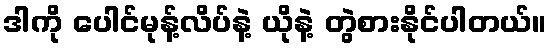
ဒါကို ပေါင်မုန့်လိပ်နဲ့ ယိုနဲ့ တွဲစားနိုင်ပါတယ်။